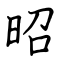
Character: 昭